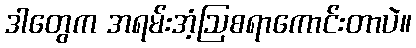
ဒါတွေက အရမ်းအံ့ဩစရာကောင်းတာပဲ။